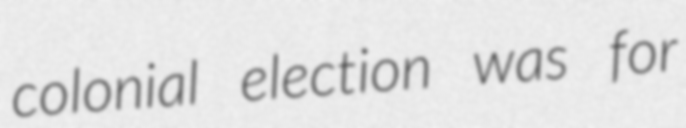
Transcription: colonial election was for